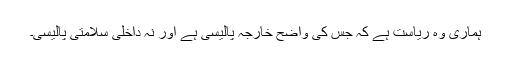
ہماری وہ ریاست ہے کہ جس کی واضح خارجہ پالیسی ہے اور نہ داخلی سلامتی پالیسی۔